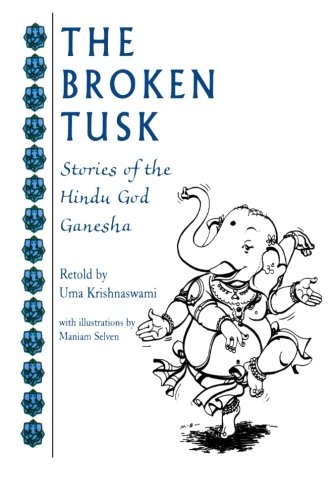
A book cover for The Broken Tusk: Stories of the Hindu God Ganesha; Uma Krishnawsami; Children's Books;